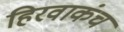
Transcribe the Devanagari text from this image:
हिरवाकंच